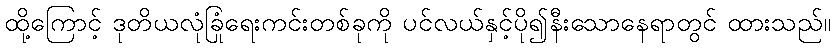
ထို့ကြောင့် ဒုတိယလုံခြုံရေးကင်းတစ်ခုကို ပင်လယ်နှင့်ပို၍နီးသောနေရာတွင် ထားသည်။